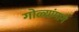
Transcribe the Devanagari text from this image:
गोळ्यांमागे